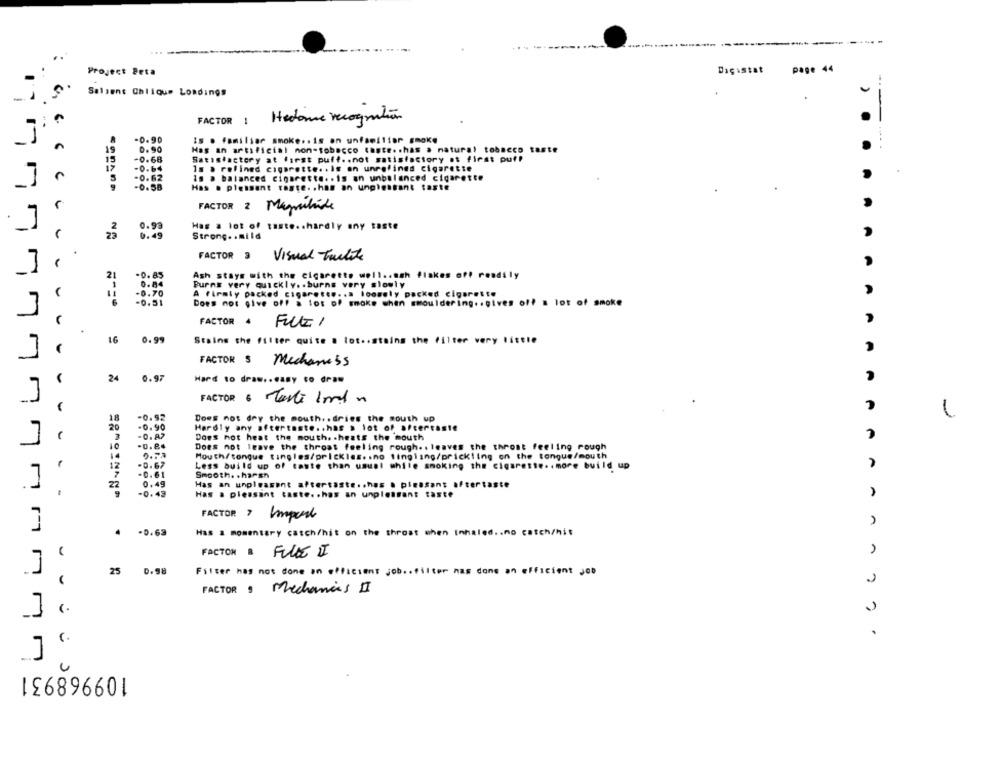
Diçıstat
page 44
Project Peta
Salsent Chliour Loadings
-
-
FACTOR 1
Hadone recognition
-0.90
İs · Familiar smoke .. is an unfamiliar smoke
... .
15
0.90
Has an artificial non-tobacco taste .. has a natural tobacco taste
15
-0.68
Satisfactory at first puff .. not satisfactory at first puf!
-0.64
Is a refined cigarette .. Is en unrefined cigarette
-0.62
Is a balanced cigarette .. is an unbalanced cigarette
-0.58
Has . pleasant taste. . has an unpleasant taste
.
FACTOR 2 Magnitude
0.93
Has a lot of taste .. hardly any taste
23
Strong .. mild
.
FACTOR 3
Visual Tuulite
Ash stays with the cigarette well .. smh flakes off readily
-0.85
Burns very quickly .. burns very slowly
A Firmly packed cigaret ..... loosely packed cigarette
A
Does not give off a lot of smoke when smouldering .. gives of! a lot of smoke
3
FACTOR 4
FILE /
A
16
0.99
Stains the filter quite @ lot .. stains the filter very little
FACTOR $ Mechaness
24
0.97
Hard to draw .. easy to draw
FACTOR 6 Mart 1mln
18
-0.92
Does not dry the mouth. . dries the mouth up
20
-0.90
Hardly any aftertaste. . has a lot of aftertaste
-0.87
Does hot heat the mouth. . heats the mouth
10
Does not leave the throat feeling rough .. leaves the thPost feeling rough
14
Mouth/tongue tingles/prickles. . no tingling/prickling on the tongue/mouth
-0. 67
Less build up of taste than usual while smoking the cigarette .. more build up
12
-0. 61
Smooth. . harsh
22
0.49
Has an unpleasant aftertaste .. has . pinasans aftertaste
L_J
M
.
-0.43
Has a pleasant taste. . has an unpleasant taste
FACTOR ? Import
.
-0.63
Has a momentary catch/hit on the throat when Inhaled .. no catch/hit
FACTOR a FILE II
25 0.98
Filter has not done an efficient job .. filter nas done an efficient job
FACTOR · Mechanics DI
..
109968931